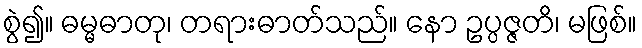
စွဲ၍။ ဓမ္မဓာတု၊ တရားဓာတ်သည်။ နော ဥပ္ပဇ္ဇတိ၊ မဖြစ်။